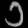
Digit: ၁